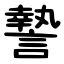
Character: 謺